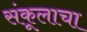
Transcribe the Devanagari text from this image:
संकूलाचा